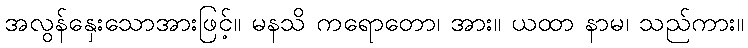
အလွန်နှေးသောအားဖြင့်။ မနသိ ကရောတော၊ အား။ ယထာ နာမ၊ သည်ကား။